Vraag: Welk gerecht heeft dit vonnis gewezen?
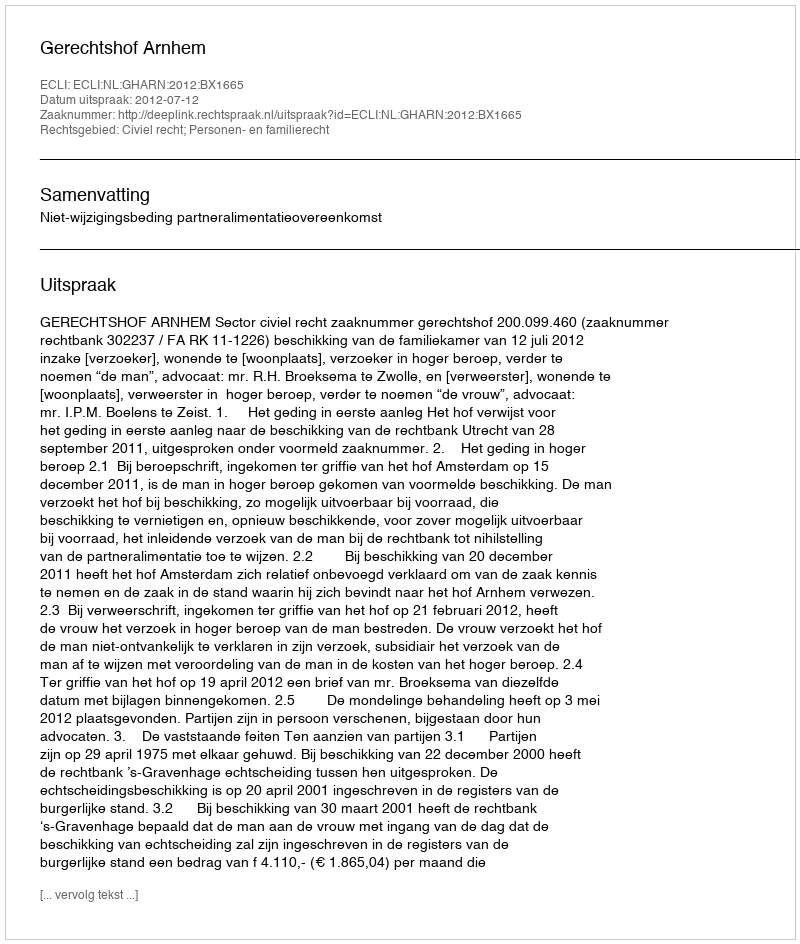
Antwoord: Gerechtshof Arnhem